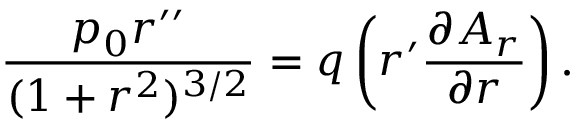
\frac { p _ { 0 } r ^ { \prime \prime } } { ( 1 + r ^ { 2 } ) ^ { 3 / 2 } } = q \left( r ^ { \prime } \frac { \partial A _ { r } } { \partial r } \right) .